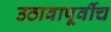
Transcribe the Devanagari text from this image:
उठावापूर्वीच